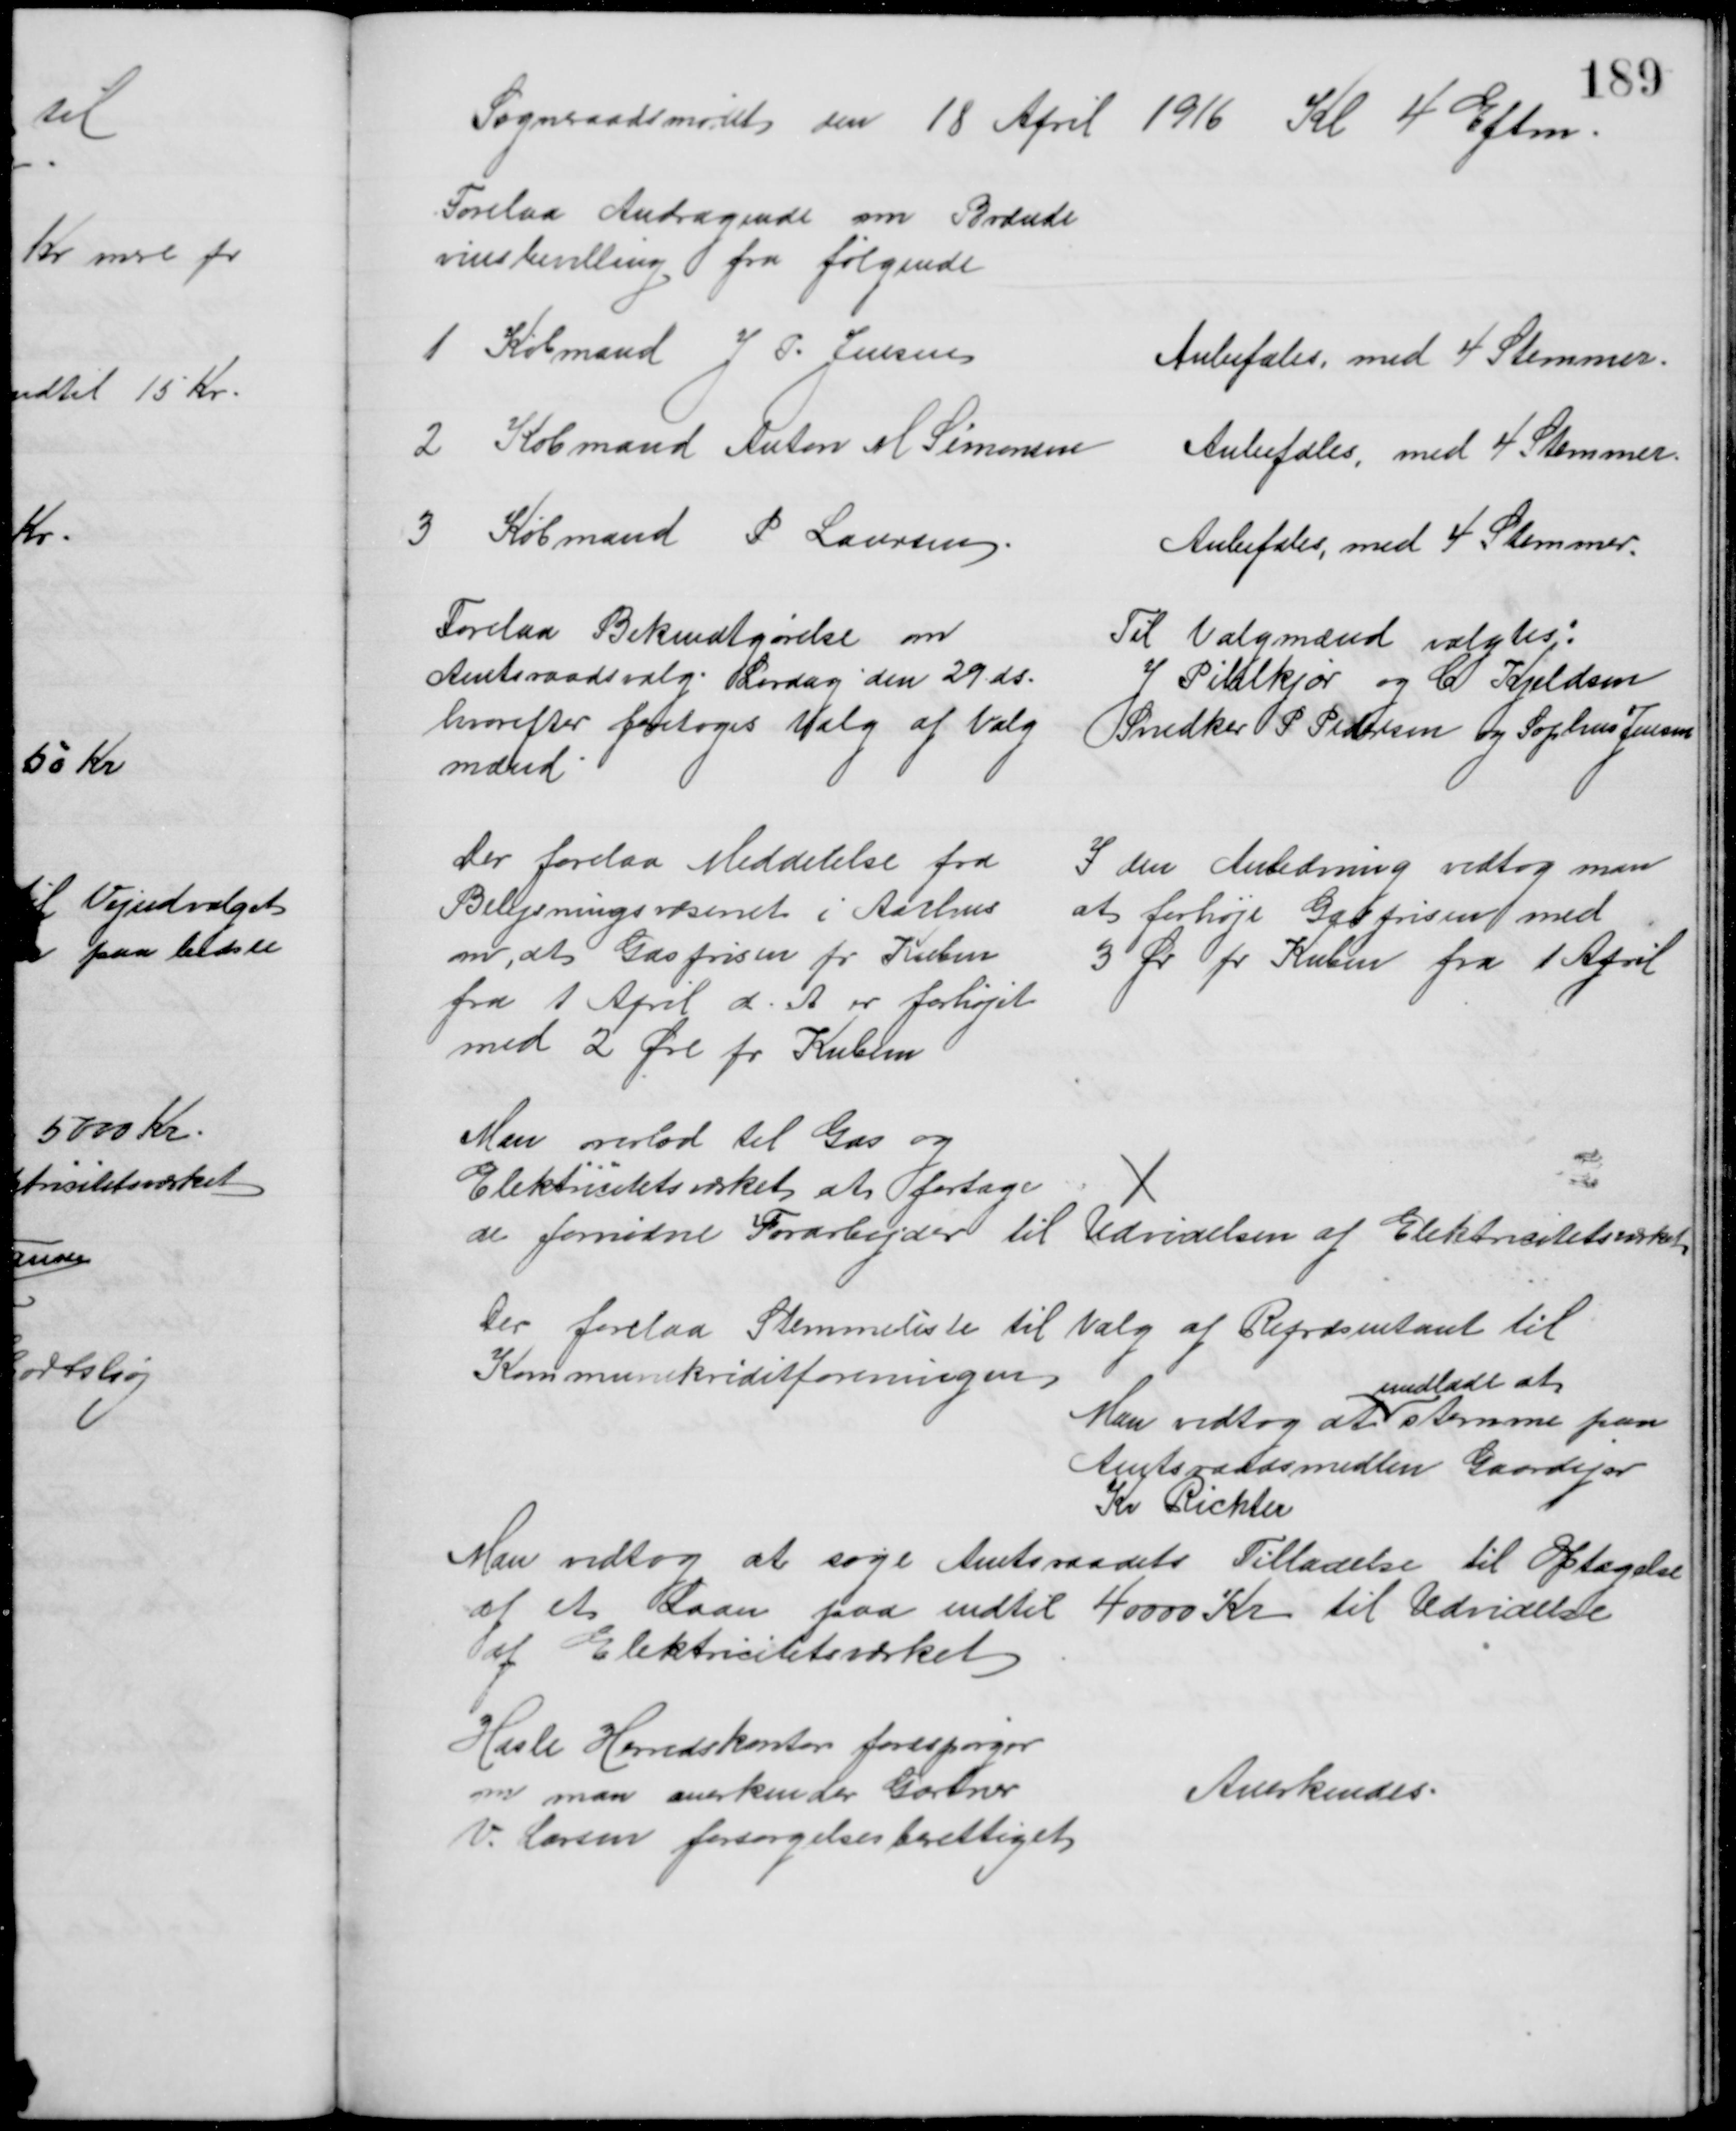
Transskription:
Sogneraadsmødet den 18 April 1916 Kl 4 Eftm.
Forelaa Andragende om Brænde
vinsbevilling fra følgende
1 Købmand J. P. Jensen
Anbefales, med 4 Stemmer.
2 Købmand Anton M Simonsen
Anbefales, med 4 Stemmer.
3 Købmand P Laursen
Anbefales, med 4 Stemmer.
Forelaa Bekendtgørelse om
Amtsraadsvalg Lørdag den 29 ds.
hvorefter foretoges Valg af Valg
mænd
Til Valgmænd valgtes:
J Pihlkjær og C Kjeldsen
Snedker P Pedersen og Sophus Jensen
Der forelaa Meddelelse fra
Belysningsvæsenet i Aarhus
om, at Gasprisen pr Kubm
fra 1 April d. A. er forhøjet
med 2 Øre pr Kubm
I den Anledning vedtog man
at forhøje Gasprisen med
3 Ør pr Kubm fra 1 April
Man overlod til Gas og
Elektricitetsværket at fortage
de fornødne Forarbejder til Udvidelsen af Elektricitetsværket
Der forelaa Stemmeliste til Valg af Repræsentant til
Kommunekreditforeningen.
Man vedtog at 
undlade at
stemme paa
Amtsraadsmedlem Gaardejer
Kr Richter
Man vedtog at søge Amtsraadets Tilladelse til Optagelse
af et Laan paa indtil 40000 Kr til Udvidelse
af Elektricitetsværket
Hasle Herredskontor forespørger
om man anerkender Gartner
V. Larsen forsørgelsesberettiget
Anerkendes.